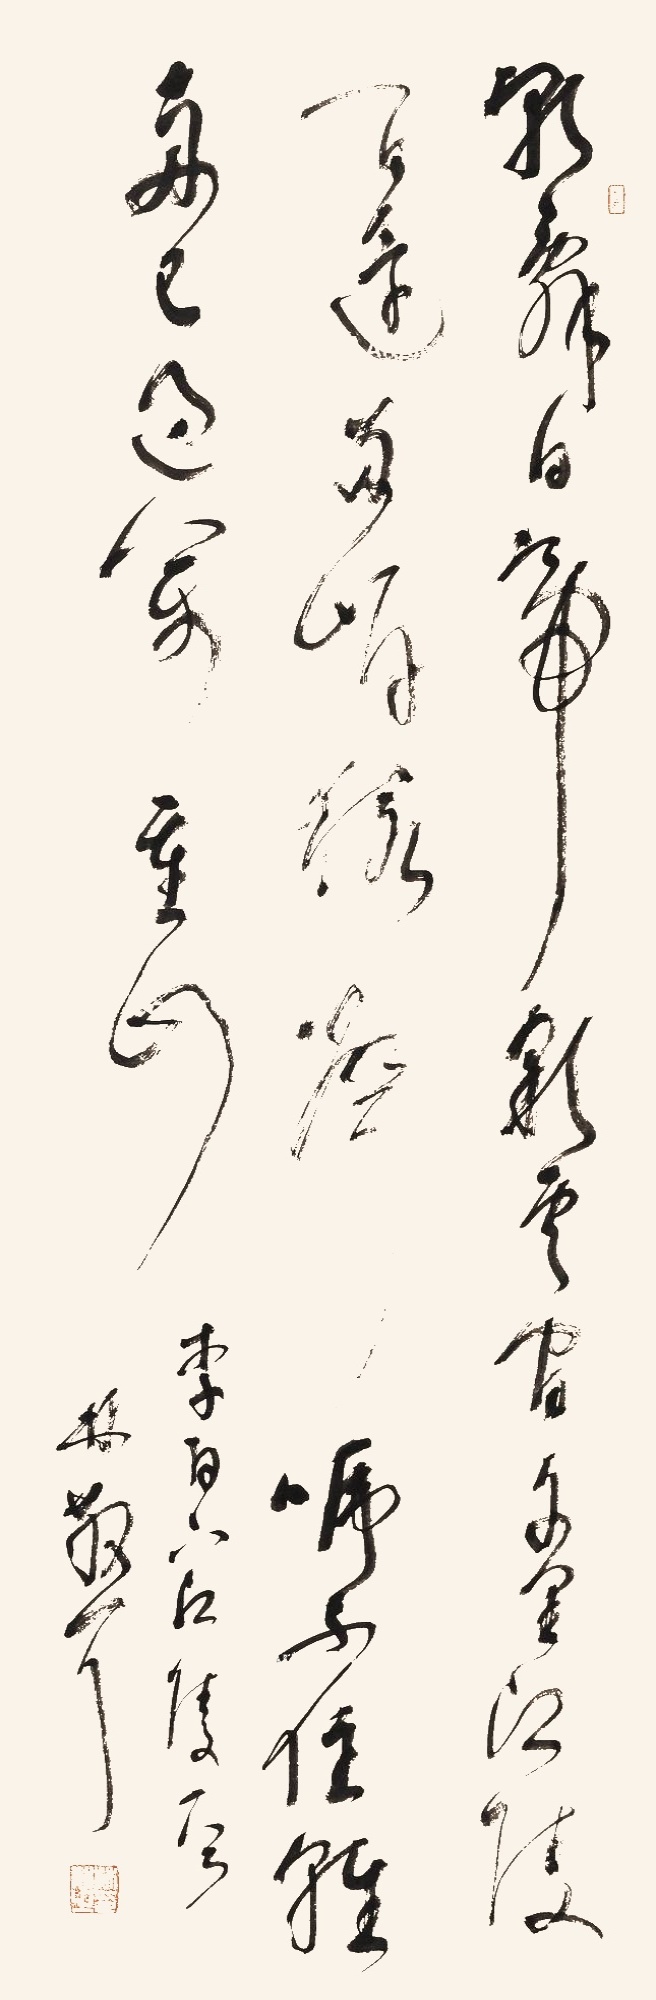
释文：朝辞白帝彩云间，千里江陵一日还。两岸猿声啼不住，轻舟已过万重山。李白下江陵一首，林散耳。